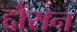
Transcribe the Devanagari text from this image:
द्दौरान